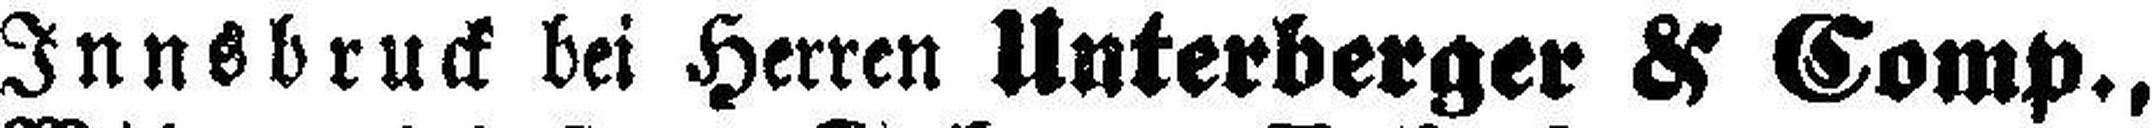
Innsbruck bei Herren Unterberger & Comp.,